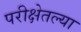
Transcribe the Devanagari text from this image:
परीक्षेतल्या